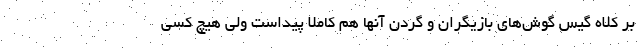
بر کلاه گیس گوش‌های بازیگران و گردن آنها هم کاملا پیداست ولی هیچ کسی